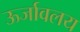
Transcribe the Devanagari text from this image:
ऊर्जावलय